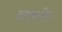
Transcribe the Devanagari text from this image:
व्रतचारिणः